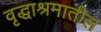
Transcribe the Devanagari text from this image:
वृद्धाश्रमातील